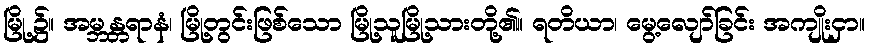
မြို့၌။ အမ္ဘန္တရာနံ၊ မြို့တွင်းဖြစ်သော မြို့သူမြို့သားတို့၏။ ရတိယာ၊ မွေ့လျော်ခြင်း အကျိုးငှာ။